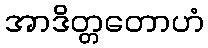
အာဒိတ္တတောဟံ